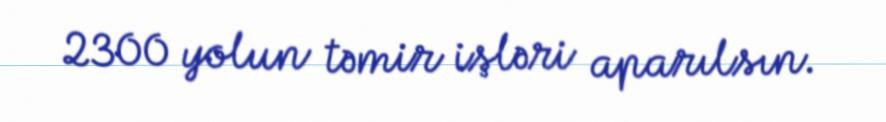
2300 yolun təmir işləri aparılsın.